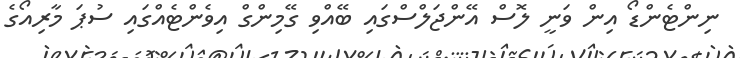
ނިންޓެންޑޯ އިން ވަނީ ލޮސް އޭންޖަލްސްގައި ބޭއްވި ގޭމިންގް އިވެންޓެއްގައި ސުޕަ މާރިއޯގެ